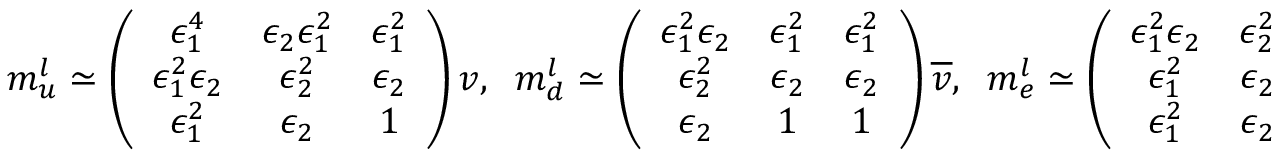
m _ { u } ^ { l } \simeq \left( \begin{array} { c c c } { { \epsilon _ { 1 } ^ { 4 } } } & { { \epsilon _ { 2 } \epsilon _ { 1 } ^ { 2 } } } & { { \epsilon _ { 1 } ^ { 2 } } } \\ { { \epsilon _ { 1 } ^ { 2 } \epsilon _ { 2 } } } & { { \epsilon _ { 2 } ^ { 2 } } } & { { \epsilon _ { 2 } } } \\ { { \epsilon _ { 1 } ^ { 2 } } } & { { \epsilon _ { 2 } } } & { { 1 } } \end{array} \right) v , \; \; m _ { d } ^ { l } \simeq \left( \begin{array} { c c c } { { \epsilon _ { 1 } ^ { 2 } \epsilon _ { 2 } } } & { { \epsilon _ { 1 } ^ { 2 } } } & { { \epsilon _ { 1 } ^ { 2 } } } \\ { { \epsilon _ { 2 } ^ { 2 } } } & { { \epsilon _ { 2 } } } & { { \epsilon _ { 2 } } } \\ { { \epsilon _ { 2 } } } & { { 1 } } & { { 1 } } \end{array} \right) \overline { { { v } } } , \; \; m _ { e } ^ { l } \simeq \left( \begin{array} { c c c } { { \epsilon _ { 1 } ^ { 2 } \epsilon _ { 2 } } } & { { \epsilon _ { 2 } ^ { 2 } } } & { { \epsilon _ { 2 } } } \\ { { \epsilon _ { 1 } ^ { 2 } } } & { { \epsilon _ { 2 } } } & { { 1 } } \\ { { \epsilon _ { 1 } ^ { 2 } } } & { { \epsilon _ { 2 } } } & { { 1 } } \end{array} \right) \overline { { { v } } } , \; \;